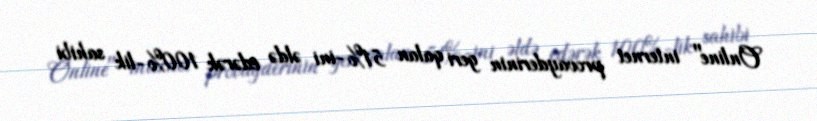
Online" internet provayderinin geri qalan 51%-ini əldə edərək 100%-lik sahibi